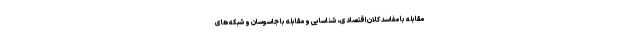
مقابله با مفاسد کلان اقتصادی، شناسایی و مقابله با جاسوسان و شبکه های